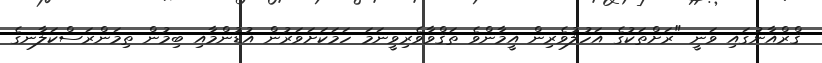
ޤްރްއާނުގައި ވަނީ "ރަށްތަކުގެ އަހުލުވެރިން އީމާންވެ ތަޤްވާވެރިވީނަމަ ހަމަކަށަވަރުން އުޑުންމާއި ބިމުން ތިމަންރަސްކަލާނގެ